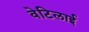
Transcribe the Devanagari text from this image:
वेटिलाई